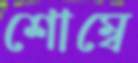
শোম্বে